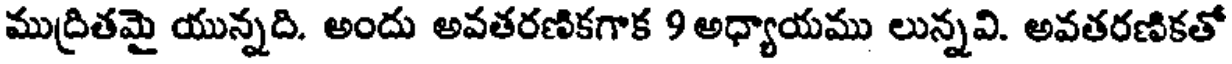
ముద్రితమై యున్నది. అందు అవతరణికగాక 9 అధ్యాయము లున్నవి. అవతరణికతో